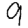
Digit: 9